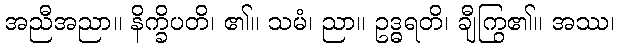
အညီအညာ။ နိက္ခိပတိ၊ ၏။ သမံ၊ ညာ။ ဥဒ္ဓရတိ၊ ချီကြွ၏။ အဿ၊